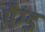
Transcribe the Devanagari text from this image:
पैग्ड